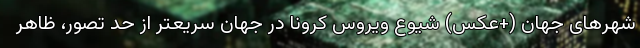
شهرهای جهان (+عکس) شیوع ویروس کرونا در جهان سریعتر از حد تصور، ظاهر